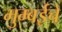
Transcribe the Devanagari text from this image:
मुम्बईचे